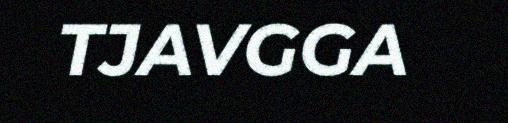
TJAVGGA